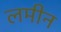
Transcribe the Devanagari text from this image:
लमीन